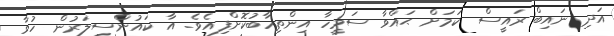
އަދި ނައިބް ރައީސް ކަމަށް ޙައްވާ ސަމީހާ އިންތިހާބުކޮށްފިއެވެ. އާ ކައުންސިލަރުން ހުވާ